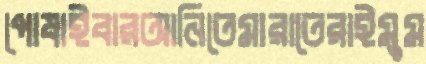
পোষাইবারআনিতেমারাতেরাইমুম